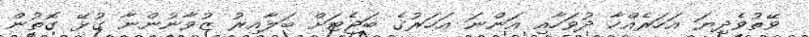
ވޭތުވެދިޔަ އަހަރެއްހާ ދުވަހާއި އަންނަ އަހަރުގެ ބަޖެޓަށް ބަލާއިރު ޒުވާނުންނާ ގުޅޭ ގޮތުން